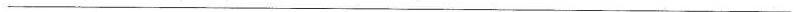
___